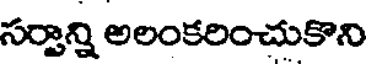
సర్వాన్ని అలంకరించుకొని